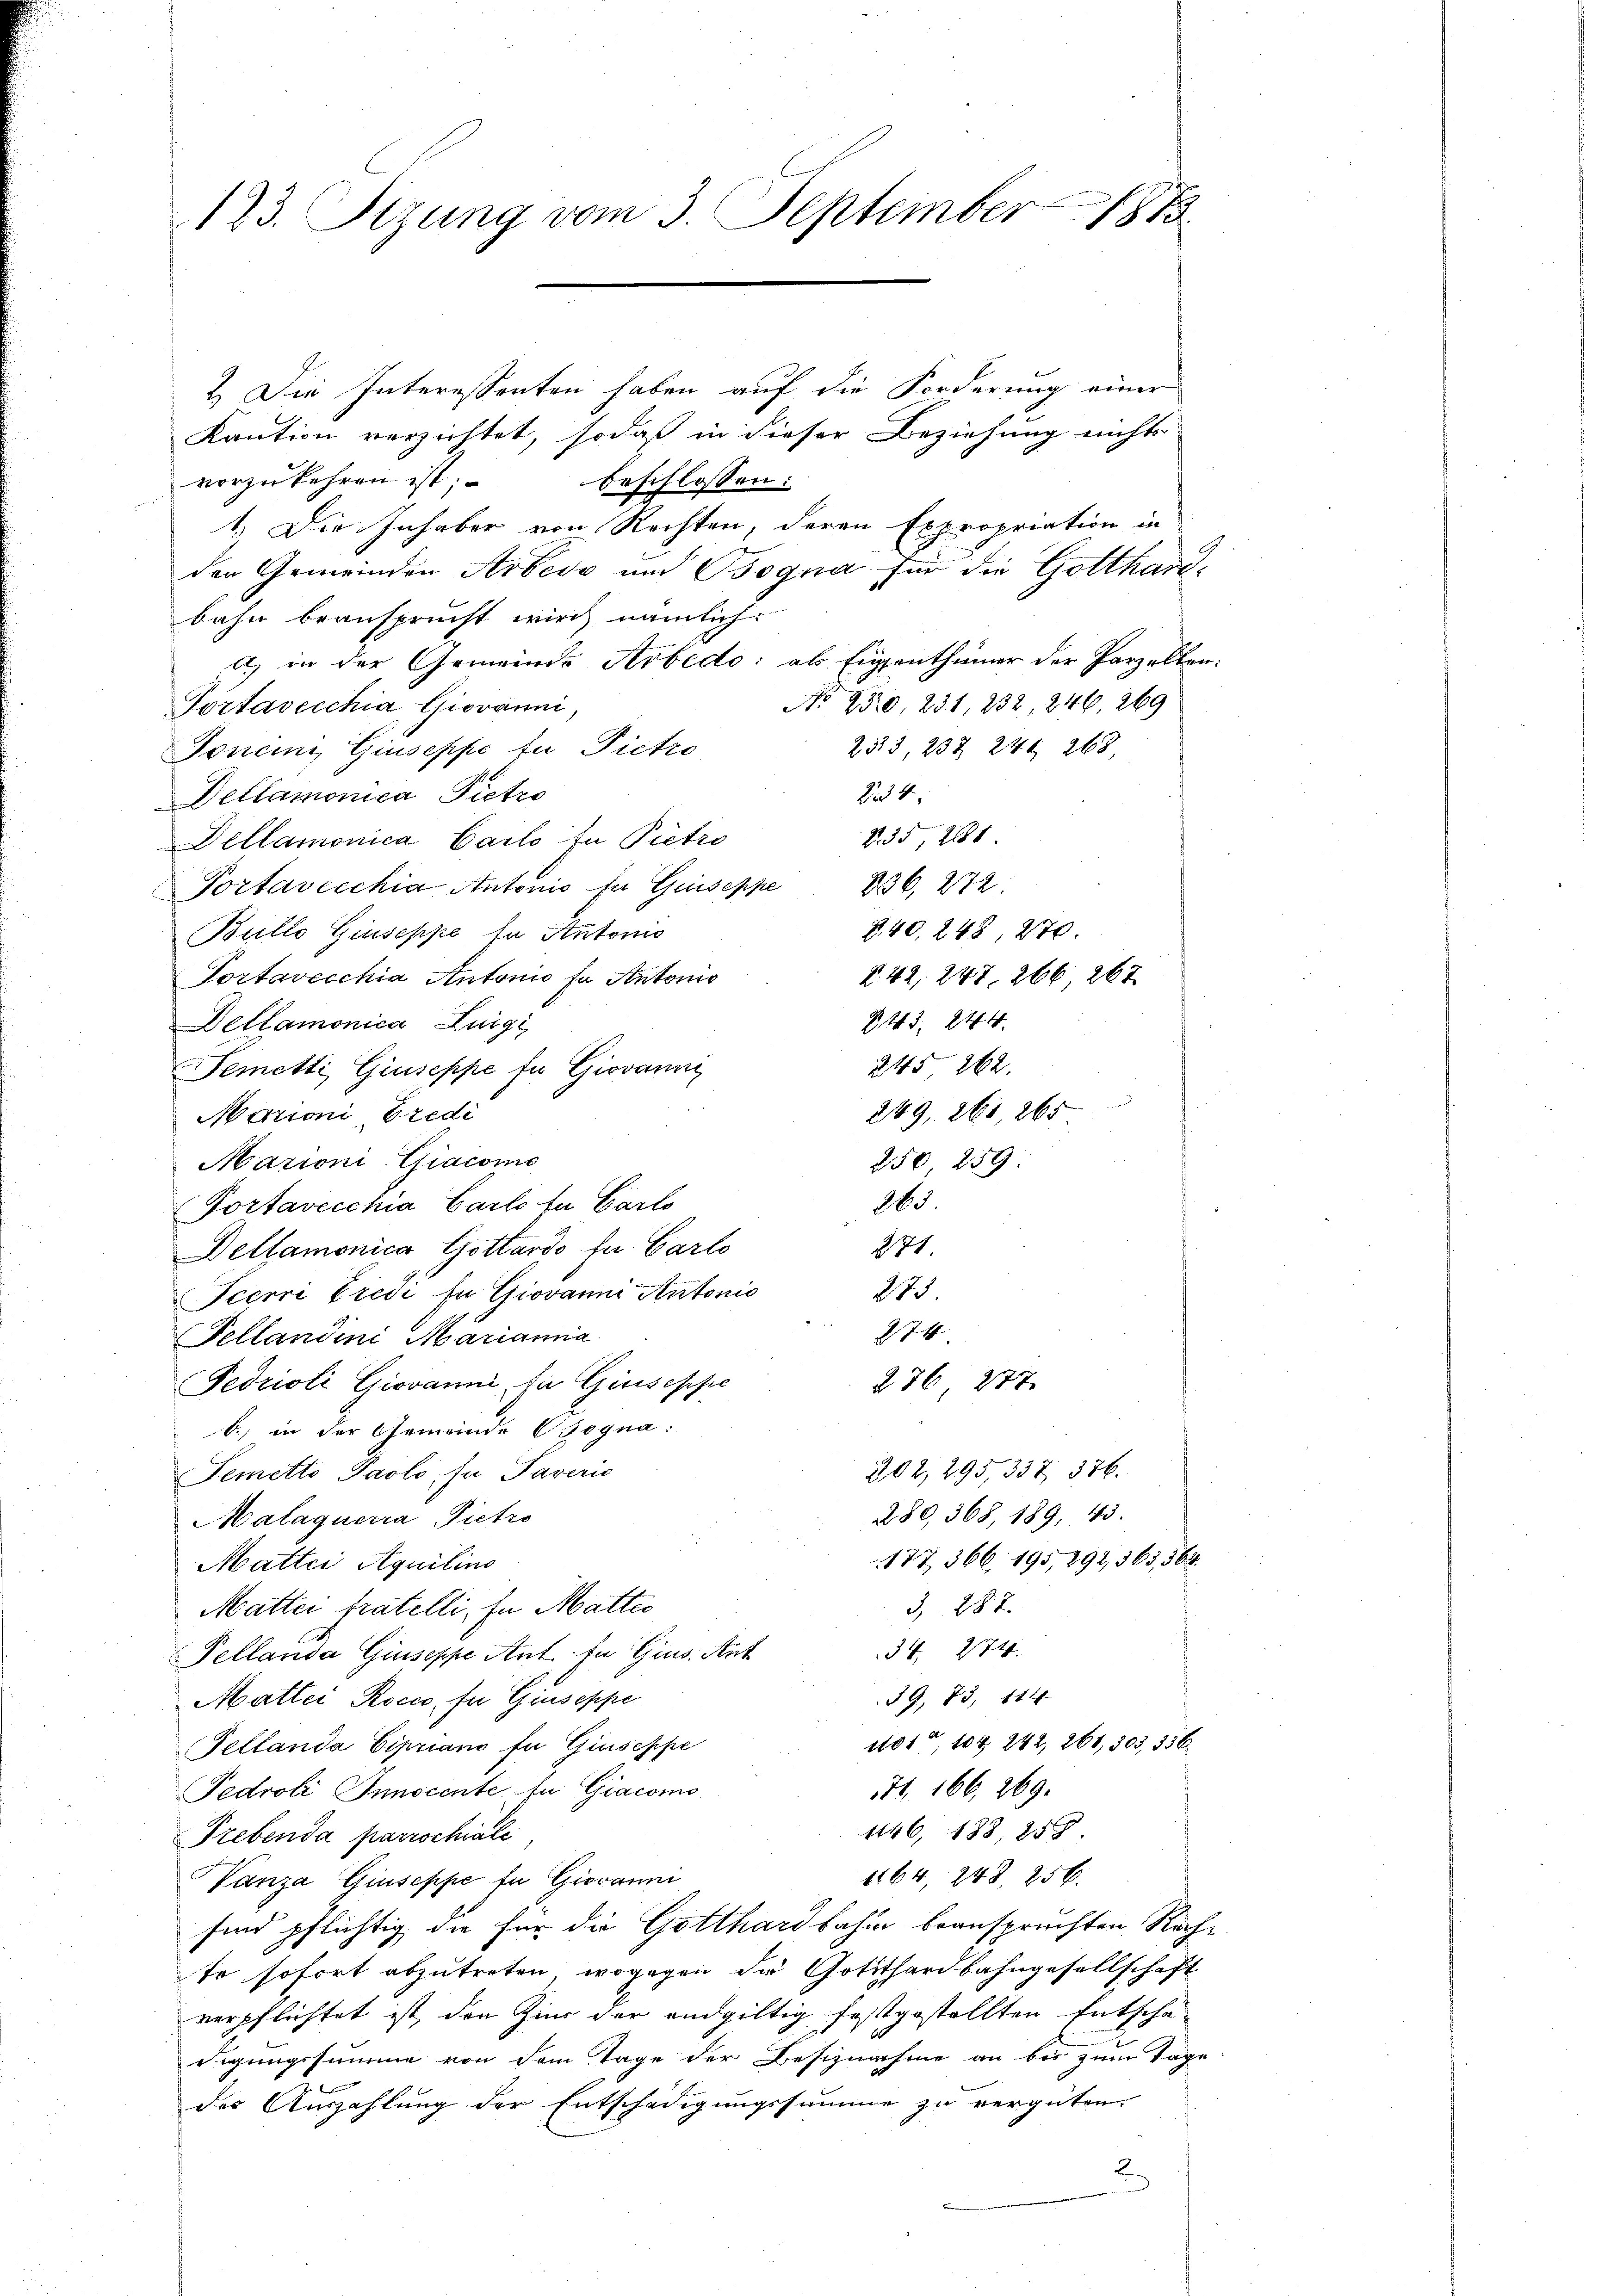
173. Sizung vom 3. September 181

2. Die Interessenten haben auf die Forderung einer
Kaution verzichtet, sodaß in dieser Beziehung nichts
vorzukehren ist;
beschlossen:
1. Die Inhaber von Rechten, deren Expropriation in
den Gemeinden Arbers und Bogna für die Gotthar
bahn beansprucht wird nämlich.
) in der Gemeinde Arbedo als Eigenthümer der Parzellen
No. 230, 231, 232, 246, 269
Portavecchia Giovanni,
2513, 232 241. 268.
Jonein Giuseppe fu Pictro
Did 4
Dellamonica Pietro
235, 281
Dellamonica Carlo in Pietro
Portavecchia Antonio für Guiseppe 836, 272.
§. 40. 248, 270.
Bullo Giuseppe in Antonis
§. 42, 247, 266 262
Portavecchia Antonio fa Antonis
243. 244.
Detlamonica Luigi
245 262.
Temetti, Giuseppe fü Giovanni
249, 261, 265
Nationi Predi
Mazioni Giacomo
250, 259
26.
Portavecchia Carls zu Carls
281.
Dellamonica Gottardo fr. Carlo
273
Icerri Predi in Giovanni Antonis
274
Fellandini Marianna
Fedrioli Giovanne, für Giuseppe
276 277
b.) in der Gemeinde Cogna
202, 295,332, 376.
Semetto Paolo, in Taveris
280, 368, 189, 43.
Malaguerra Pietro
177, 366. 195, 892, 363,568
Mattei Aquilins
3, 282.
Mattei fratelli, in Matter
354. 274.
Pellanda Giuseppe Ant. In Gius. Ant
59, 75, 114
Mattei Roces, für Giuseppe
101, 104 242, 261, 303, 356
Tellanda Cipriano in Giuseppe
71. 166, 269.
Pedroli Innocente für Giacomo
1146, 188, 25
Trebenda parrschiate
1164, 248. 256.
Vanza Giuseppe in Giovanni
sind pflichtig die für die Gotthardbahn beanspruchten Rec
te sofort abzutreten, wogegen die Gotthardbahngesellschaft
verpflichtet ist, den Zins der andgültig festgestellten Entschädigungssumme von dem Tage der Besiznahme an bis zum Tagdes Auszahlung der Entschädigungssumme zu vergüten.
2

er

t